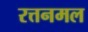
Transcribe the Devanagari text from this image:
रत्तनमल